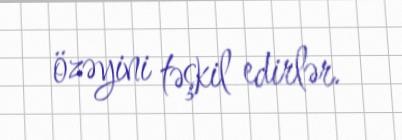
özəyini təşkil edirlər.